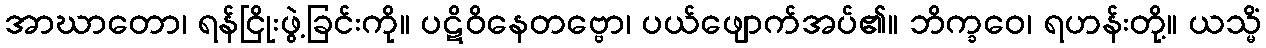
အာဃာတော၊ ရန်ငြိုးဖွဲ့ခြင်းကို။ ပဋိဝိနေတဗ္ဗော၊ ပယ်ဖျောက်အပ်၏။ ဘိက္ခဝေ၊ ရဟန်းတို့။ ယသ္မိံ